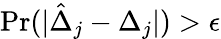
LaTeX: \mathrm{Pr}(|\hat{\Delta}_{j}-{\Delta}_{j}|)>\epsilon